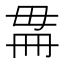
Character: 𣫳